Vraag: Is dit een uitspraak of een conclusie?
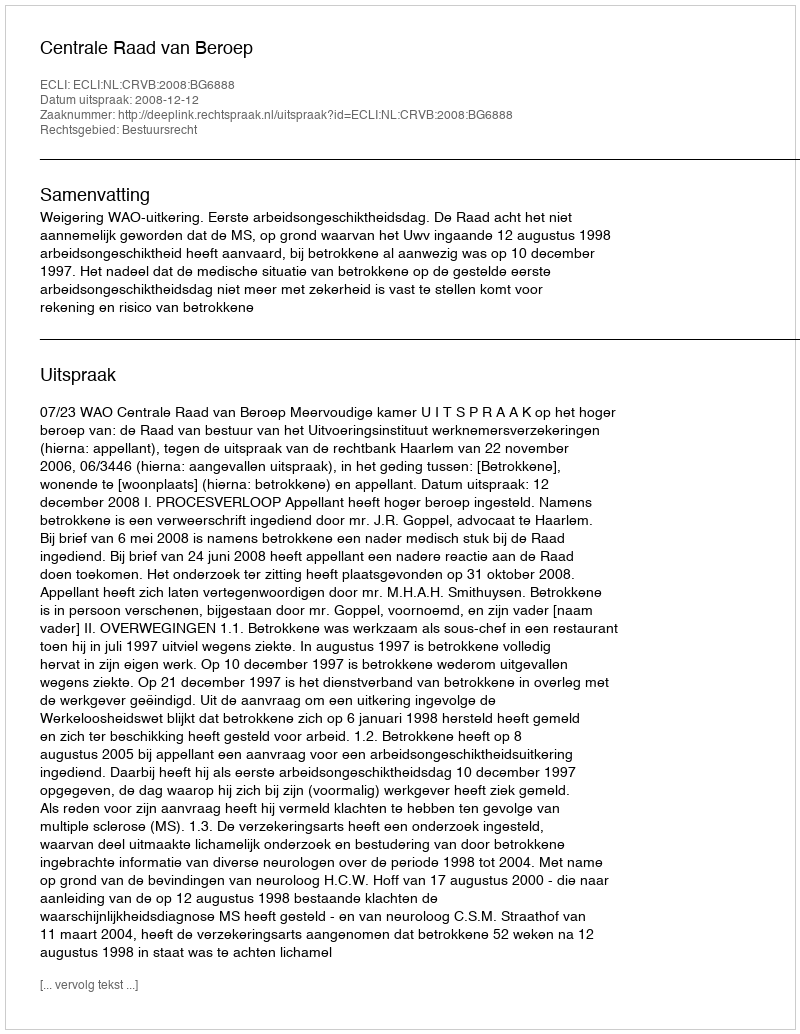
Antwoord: Uitspraak